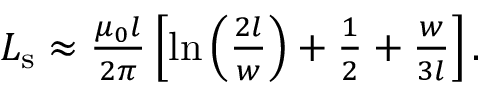
\begin{array} { r } { L _ { \mathrm { s } } \approx \frac { \mu _ { 0 } l } { 2 \pi } \left[ \ln \left( \frac { 2 l } { w } \right) + \frac { 1 } { 2 } + \frac { w } { 3 l } \right] . } \end{array}